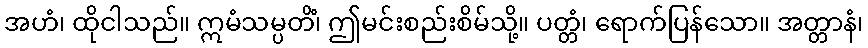
အဟံ၊ ထိုငါသည်။ ဣမံသမ္ပတိံ၊ ဤမင်းစည်းစိမ်သို့။ ပတ္တံ၊ ရောက်ပြန်သော။ အတ္တာနံ၊